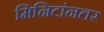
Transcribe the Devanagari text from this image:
मिनिटांनतर